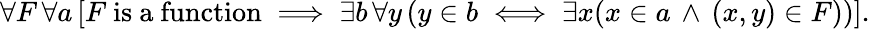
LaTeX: \forall F\, \forall a\, [F{\mathrm{~is~a~function}}\implies\exists b\, \forall y\, (y\in b\iff\exists x(x\in a\, \land\, (x,y)\in F))].